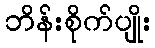
ဘိန်းစိုက်ပျိုး